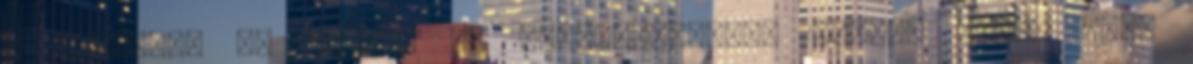
a fórumon, és küldöm az érintetteknek. Füzesi Zsolt kért